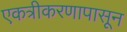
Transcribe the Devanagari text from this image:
एकत्रीकरणापासून